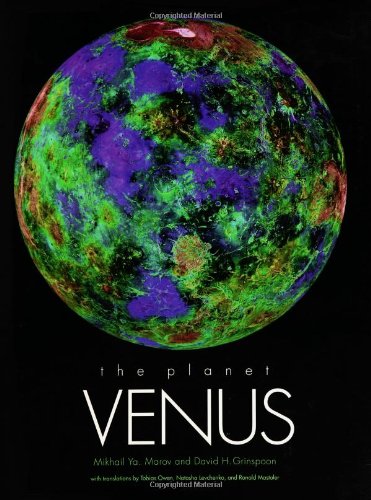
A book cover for The Planet Venus (The Planetary Exploration Series); Mr. Mikhail Ya. Marov; Science & Math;